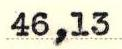
46,13